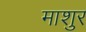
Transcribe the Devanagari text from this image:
माशुर